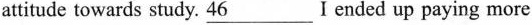
attitude towards study. 46___I ended up paying more